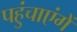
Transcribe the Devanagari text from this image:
पहुंचाएंगें